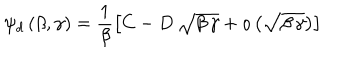
LaTeX: \psi _ { d } \, ( \beta , \gamma ) = \frac { 1 } { \beta } \left[ C - D \, \sqrt { \beta \, \gamma } + o \left( \sqrt { \beta \, \gamma } \right) \right]